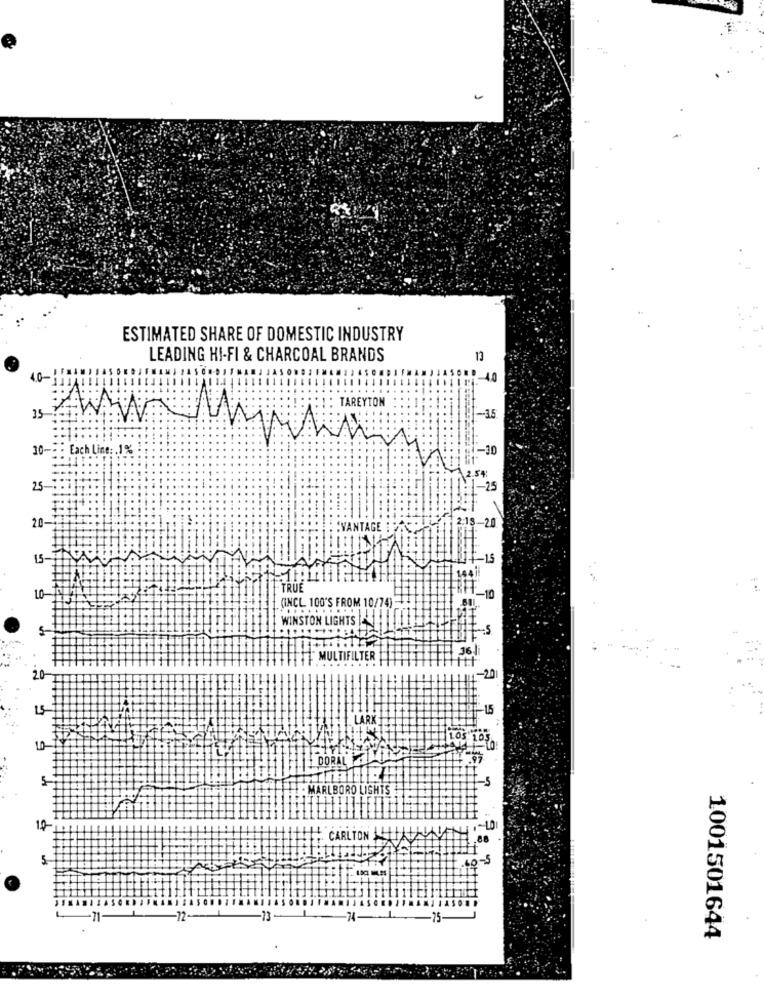
ESTIMATED SHARE OF DOMESTIC INDUSTRY
LEADING HI-FI & CHARCOAL BRANDS
13
1.0-
TAREYTON
35
-- 35
10-
Each Line: . 1%
-30
25
-25
-20
20-
VANTAGE
15-
-1.5
TRUE
10-
-10
(INCL 100'S FROM 10/74
WINSTON LIGHTS
7.5
MULTIFILTER
-20
-115
LARK
10
10%
DORAL AMICA
-5
MARLBORO LISHTS
10-
CARLTON HLAVY
.88
60-5
-72
-13-
-75
1001501644